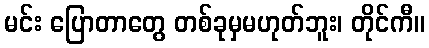
မင်း ပြောတာတွေ တစ်ခုမှမဟုတ်ဘူး၊ တိုင်ကီ။